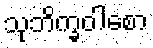
သုဘိက္ခဝါစော